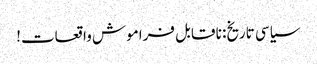
سیاسی تاریخ: نا قابل فراموش واقعات!